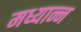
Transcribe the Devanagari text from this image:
मध्यान्न